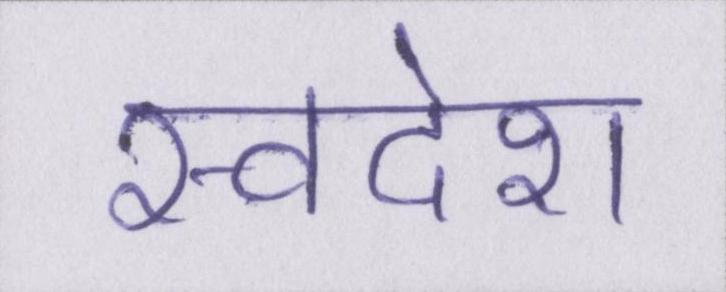
स्वदेश